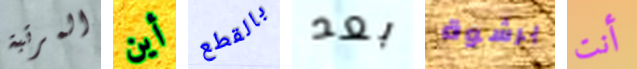
المرتبة أين بالقطع بعد برشوة أنت